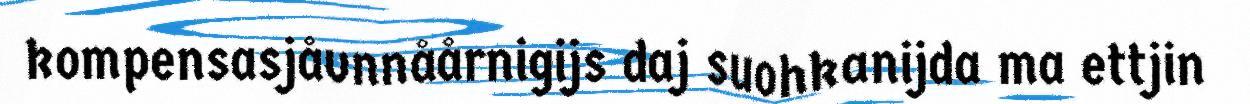
kompensasjåvnnåårnigijs daj suohkanijda ma ettjin